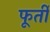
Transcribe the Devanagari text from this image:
फूर्ती